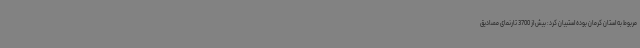
مربوط به استان کرمان بوده استبیان کرد: بیش از 3700 تارنمای مصادیق